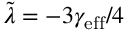
\tilde { \lambda } = - 3 \gamma _ { \mathrm { e f f } } / 4